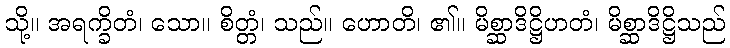
သို့။ အရက္ခိတံ၊ သော။ စိတ္တံ၊ သည်။ ဟောတိ၊ ၏။ မိစ္ဆာဒိဋ္ဌိဟတံ၊ မိစ္ဆာဒိဋ္ဌိသည်